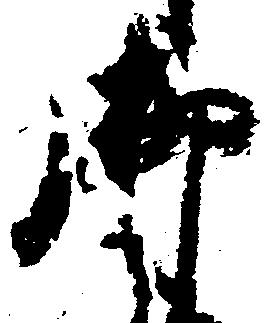
御